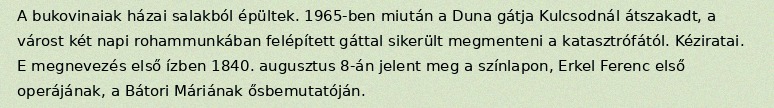
A bukovinaiak házai salakból épültek. 1965-ben miután a Duna gátja Kulcsodnál átszakadt, a várost két napi rohammunkában felépített gáttal sikerült megmenteni a katasztrófától. Kéziratai. E megnevezés első ízben 1840. augusztus 8-án jelent meg a színlapon, Erkel Ferenc első operájának, a Bátori Máriának ősbemutatóján.